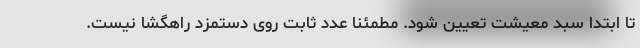
تا ابتدا سبد معیشت تعیین شود. مطمئنا عدد ثابت روی دستمزد راهگشا نیست.